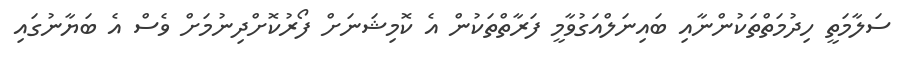
ސަލާމަތީ ހިދުމަތްތަކުންނާއި ބައިނަލްއަގުވާމީ ފަރާތްތަކުން އެ ކޮމިޝަނަށް ފޯރުކޮށްދިނުމަށް ވެސް އެ ބަޔާނުގައި